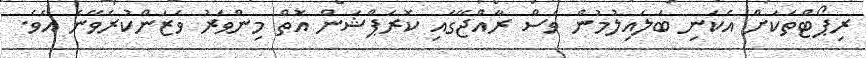
ރިޕޯޓްތަކަށް އެކަނި ބަލައިލުމުން ވެސް ރާއްޖޭގައި ކޮރަޕްޝަން އޮތް މިންވަރު ވަޒަންކުރެވޭނެ އެވެ.